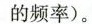
的频率)。